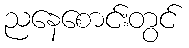
ညနေစောင်းတွင်